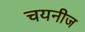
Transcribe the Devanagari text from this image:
चयनीज